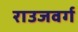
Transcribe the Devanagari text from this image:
राउजवर्ग